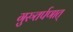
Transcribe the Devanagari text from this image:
गुरुतर्पणात्